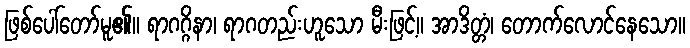
ဖြစ်ပေါ်တော်မူ၏။ ရာဂဂ္ဂိနာ၊ ရာဂတည်းဟူသော မီးဖြင့်။ အာဒိတ္တံ၊ တောက်လောင်နေသော။